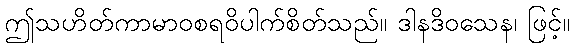
ဤသဟိတ်ကာမာဝစရဝိပါက်စိတ်သည်။ ဒါနဒိဝသေန၊ ဖြင့်။